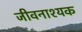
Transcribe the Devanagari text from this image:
जीवनाश्यक